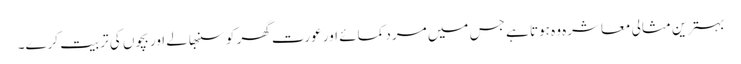
بہترین مثالی معاشرہ وہ ہوتا ہے جس میں مرد کمائے اور عورت گھر کو سنبھالے اور بچوں کی تربیت کرے۔